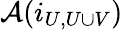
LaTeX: {\mathcal{A}}(i_{U,U\cup V})